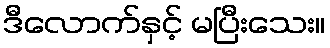
ဒီလောက်နှင့် မပြီးသေး။